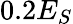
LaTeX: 0.2E_{S}